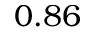
0 . 8 6